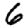
Digit: 6